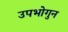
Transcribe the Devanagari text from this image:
उपभोगुन